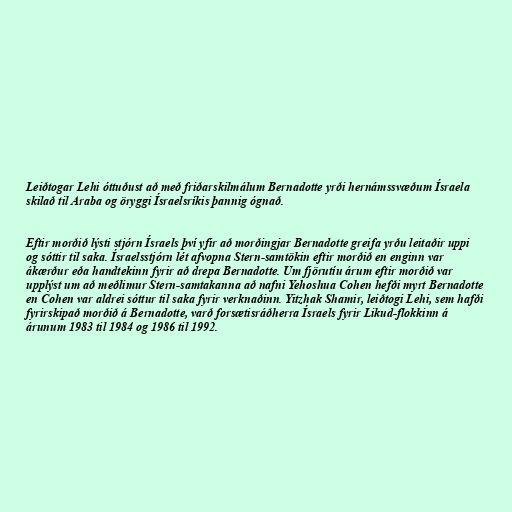
Leiðtogar Lehi óttuðust að með friðarskilmálum Bernadotte yrði hernámssvæðum Ísraela
skilað til Araba og öryggi Ísraelsríkis þannig ógnað.

Eftir morðið lýsti stjórn Ísraels því yfir að morðingjar Bernadotte greifa yrðu leitaðir uppi
og sóttir til saka. Ísraelsstjórn lét afvopna Stern-samtökin eftir morðið en enginn var
ákærður eða handtekinn fyrir að drepa Bernadotte. Um fjörutíu árum eftir morðið var
upplýst um að meðlimur Stern-samtakanna að nafni Yehoshua Cohen hefði myrt Bernadotte
en Cohen var aldrei sóttur til saka fyrir verknaðinn. Yitzhak Shamir, leiðtogi Lehi, sem hafði
fyrirskipað morðið á Bernadotte, varð forsætisráðherra Ísraels fyrir Likud-flokkinn á
árunum 1983 til 1984 og 1986 til 1992.